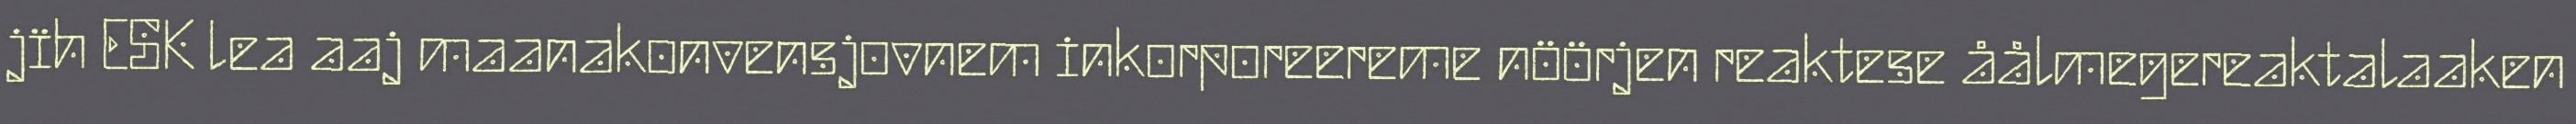
jïh ESK lea aaj maanakonvensjovnem inkorporeereme nöörjen reaktese åålmegereaktalaaken